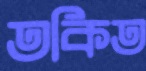
তকিত